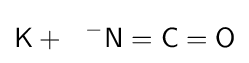
{\ce {\mathsf {K+\ \ ^{-}N=C=O}}}